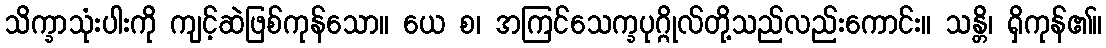
သိက္ခာသုံးပါးကို ကျင့်ဆဲဖြစ်ကုန်သော။ ယေ စ၊ အကြင်သေက္ခပုဂ္ဂိုလ်တို့သည်လည်းကောင်း။ သန္တိ၊ ရှိကုန်၏။